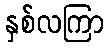
နှစ်လကြာ